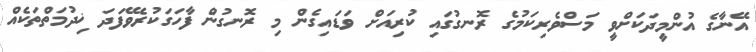
އޭނާގެ އުންމީދަކަށްވީ މަސްވެރިކަމުގެ ރޮނގުގައި ކުރިއަށް ވަޑައިގެން މި ރޮނގުން ފާހަގަކުރެވޭފަދަ ޚިދުމަތްތަކެއް